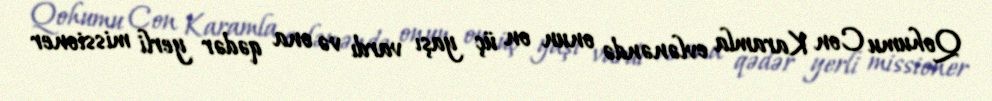
Qohumu Con Karamla evlənəndə onun on üç yaşı vardı və ona qədər yerli missioner